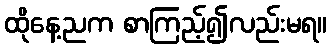
ထိုနေ့ညက စာကြည့်၍လည်းမရ။